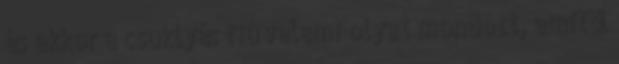
és ekkor a csuklyás fiú valami olyat mondott, amitől